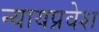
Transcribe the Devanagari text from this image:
न्यायप्रवेश